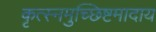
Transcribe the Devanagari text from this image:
कृत्स्नमुच्छिष्टमादाय